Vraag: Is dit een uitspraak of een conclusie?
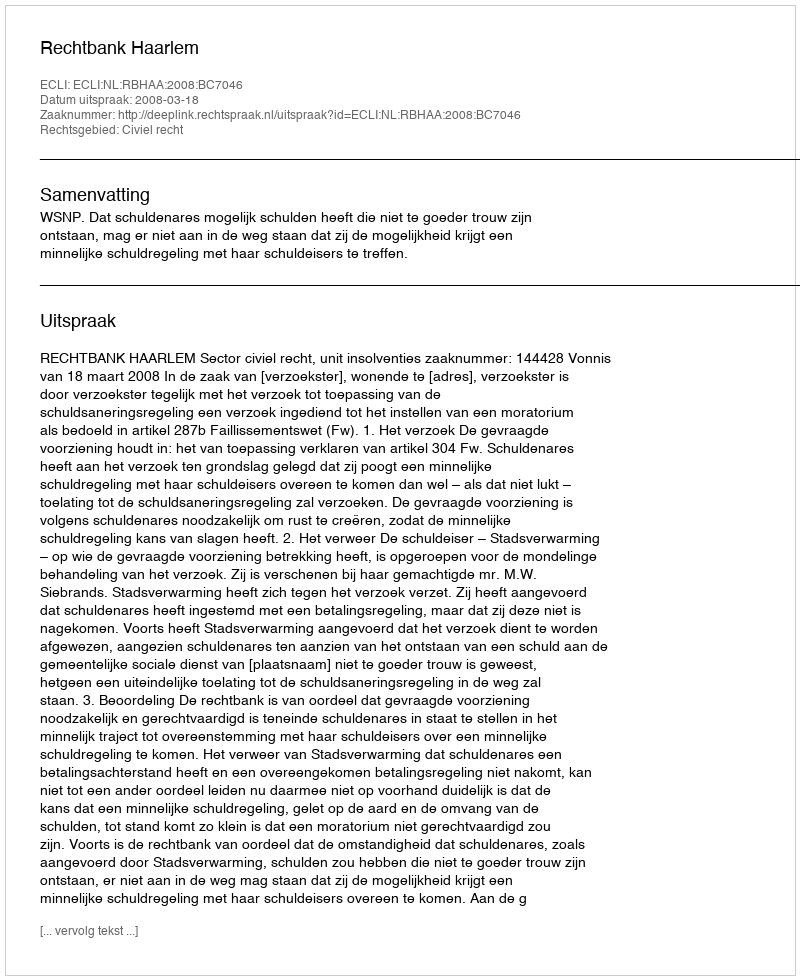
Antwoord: Uitspraak